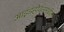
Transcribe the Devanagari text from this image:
आइंडहोवनमधील